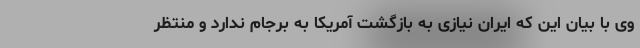
وی با بیان این که ایران نیازی به بازگشت آمریکا به برجام ندارد و منتظر